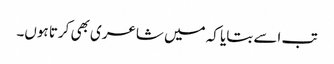
تب اسے بتایا کہ میں شاعری بھی کرتا ہوں۔